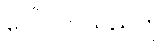
ပေါ်လာသည်ကို